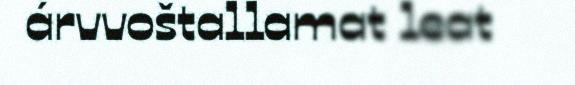
árvvoštallamat leat